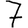
Digit: 7